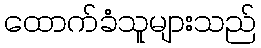
ထောက်ခံသူများသည်